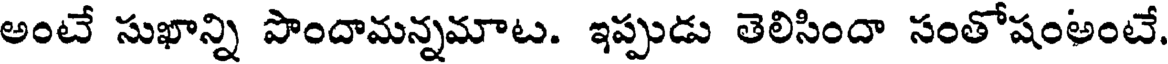
అంటే సుఖాన్ని పొందామన్నమాట. ఇప్పుడు తెలిసిందా సంతోషంఅంటే